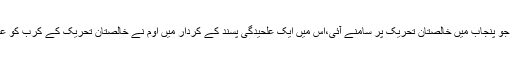
گلزار کی فلم ماچس جو پنجاب میں خالصتان تحریک پر سامنے آئی،اس میں ایک علحیدگی پسند کے کردار میں اوم نے خالصتان تحریک کے کرب کو عمدگی سے پیش کیا۔